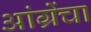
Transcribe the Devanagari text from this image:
आंग्रेंचा